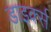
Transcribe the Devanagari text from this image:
डाइर्क्स